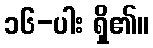
၁၆-ပါး ရှိ၏။